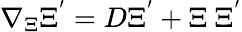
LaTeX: \nabla_{\Xi}\Xi^{'}=D\Xi^{'}+\Xi~\Xi^{'}